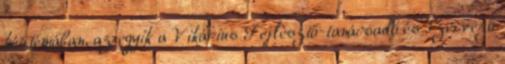
két témában, az egyik a Vikárius Fejlesztő-tanácsadó és Szervező